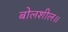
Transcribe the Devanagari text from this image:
बोलशील॥